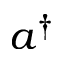
a ^ { \dagger }